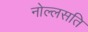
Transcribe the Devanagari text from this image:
नोल्लसति